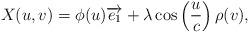
LaTeX: \begin{align*}X(u,v)=\phi (u)\overrightarrow{e_{1}}+\lambda \cos \left( \frac{u}{c}\right)\rho (v), \end{align*}